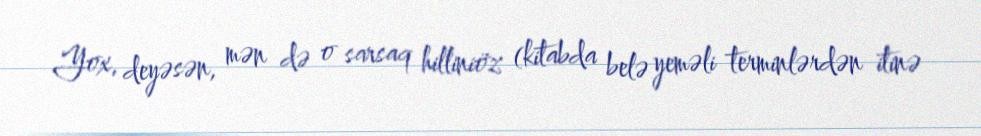
Yox, deyəsən, mən də o sarsaq hilliniöz (kitabda belə yeməli terminlərdən itinə